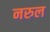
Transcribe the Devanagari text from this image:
नरुल